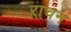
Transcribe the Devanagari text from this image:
राचन